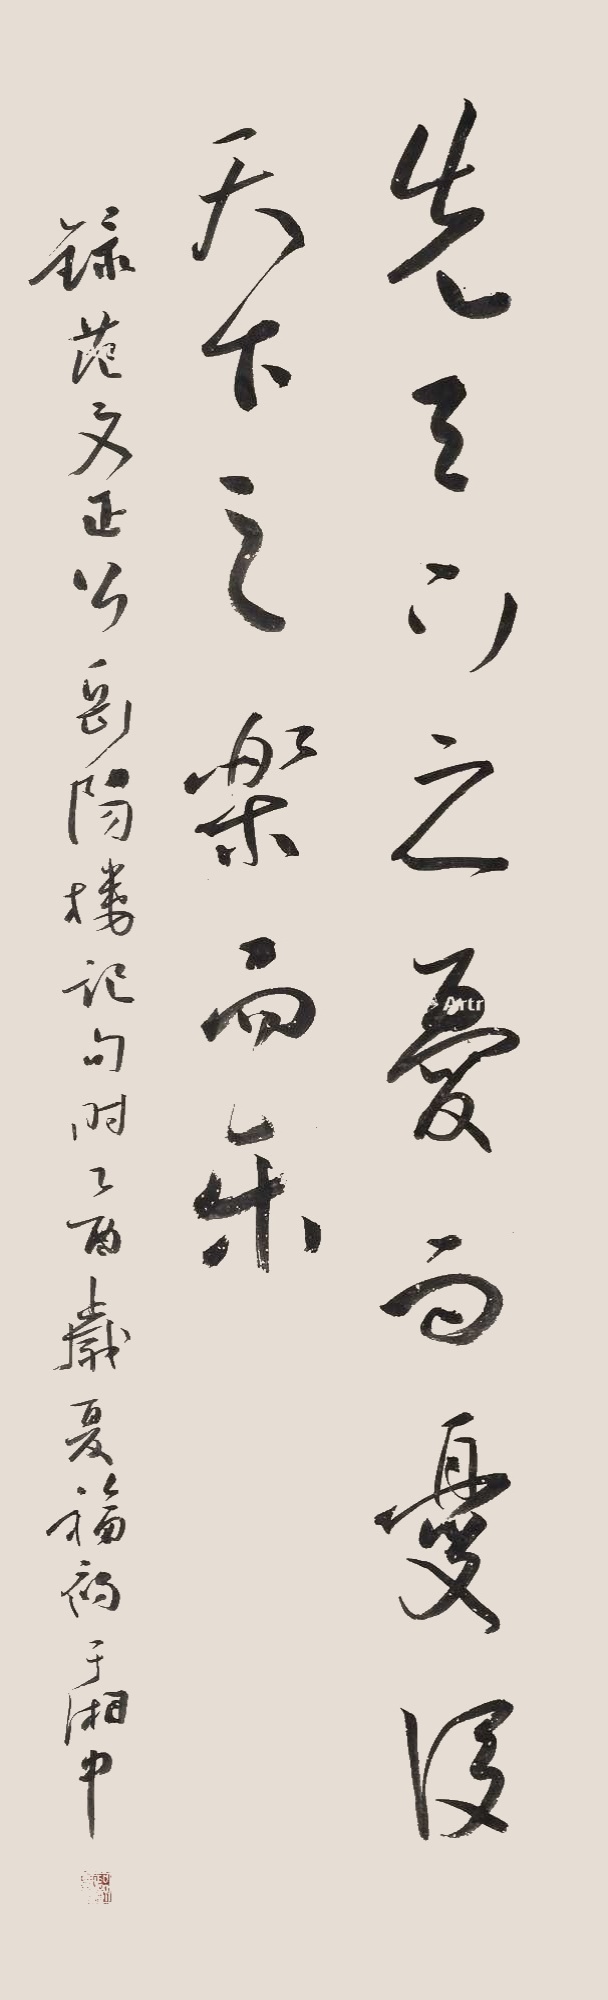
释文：先天下之忧而忧，后天下之乐而乐。录范文正公岳阳楼记句，乙酉岁夏福初于湘中。